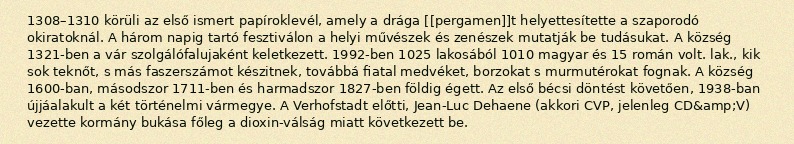
1308–1310 körüli az első ismert papíroklevél, amely a drága [[pergamen]]t helyettesítette a szaporodó okiratoknál. A három napig tartó fesztiválon a helyi művészek és zenészek mutatják be tudásukat. A község 1321-ben a vár szolgálófalujaként keletkezett. 1992-ben 1025 lakosából 1010 magyar és 15 román volt. lak., kik sok teknőt, s más faszerszámot készitnek, továbbá fiatal medvéket, borzokat s murmutérokat fognak. A község 1600-ban, másodszor 1711-ben és harmadszor 1827-ben földig égett. Az első bécsi döntést követően, 1938-ban újjáalakult a két történelmi vármegye. A Verhofstadt előtti, Jean-Luc Dehaene (akkori CVP, jelenleg CD&amp;V) vezette kormány bukása főleg a dioxin-válság miatt következett be.